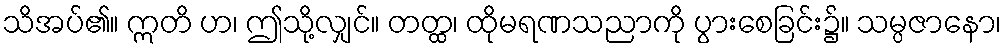
သိအပ်၏။ ဣတိ ဟ၊ ဤသို့လျှင်။ တတ္ထ၊ ထိုမရဏသညာကို ပွားစေခြင်း၌။ သမ္ပဇာနော၊